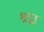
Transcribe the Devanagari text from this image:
श्रद्वा